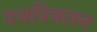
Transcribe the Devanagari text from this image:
पथविचलन